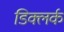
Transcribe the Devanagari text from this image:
डिक्लर्क